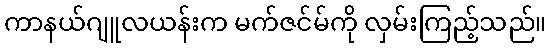
ကာနယ်ဂျူလယန်းက မက်ဇင်မ်ကို လှမ်းကြည့်သည်။